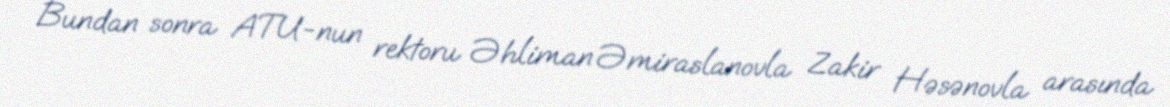
Bundan sonra ATU-nun rektoru Əhliman Əmiraslanovla Zakir Həsənovla arasında